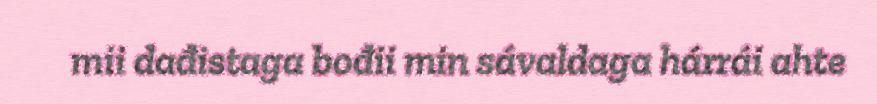
mii dađistaga bođii min sávaldaga hárrái ahte